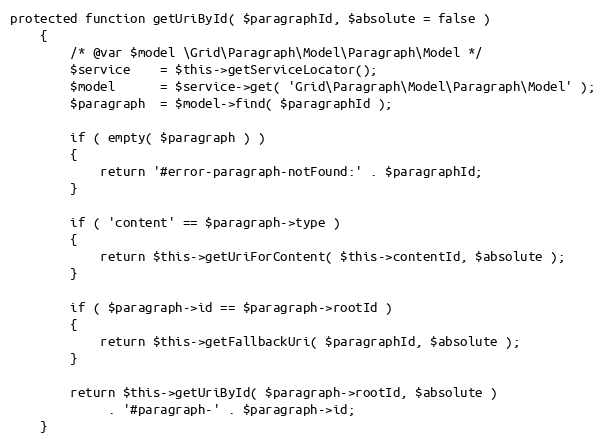
Language: PHP
protected function getUriById( $paragraphId, $absolute = false )
    {
        /* @var $model \Grid\Paragraph\Model\Paragraph\Model */
        $service    = $this->getServiceLocator();
        $model      = $service->get( 'Grid\Paragraph\Model\Paragraph\Model' );
        $paragraph  = $model->find( $paragraphId );

        if ( empty( $paragraph ) )
        {
            return '#error-paragraph-notFound:' . $paragraphId;
        }

        if ( 'content' == $paragraph->type )
        {
            return $this->getUriForContent( $this->contentId, $absolute );
        }

        if ( $paragraph->id == $paragraph->rootId )
        {
            return $this->getFallbackUri( $paragraphId, $absolute );
        }

        return $this->getUriById( $paragraph->rootId, $absolute )
             . '#paragraph-' . $paragraph->id;
    }